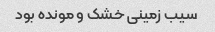
سیب زمینی خشک و مونده بود